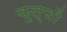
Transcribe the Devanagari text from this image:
कुल्चों